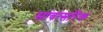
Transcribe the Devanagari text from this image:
सांवत्सरिक